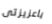
ياعزيزتى